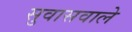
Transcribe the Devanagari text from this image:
सुवासवाले